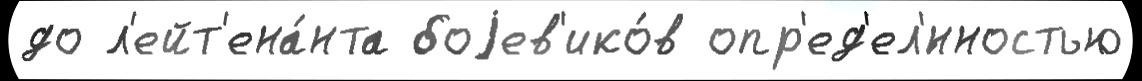
до л'ейт'ена́нта боjев'ико́в опр'ед'ел'́нностью